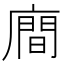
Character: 𪪢